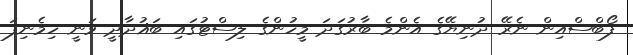
ފޯބްސްއިން ނެރޭ ދުނިޔޭގެ އެންމެ ބާރުގަދަ މީހުންގެ ލިސްޓުގައި ބަޣުދާދީ ވަނީ ހިމެނިފަ